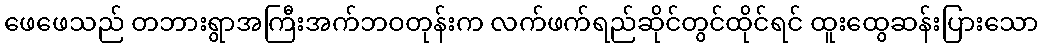
ဖေဖေသည် တဘားရွာအကြီးအက်ဘဝတုန်းက လက်ဖက်ရည်ဆိုင်တွင်ထိုင်ရင် ထူးထွေဆန်းပြားသော